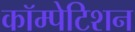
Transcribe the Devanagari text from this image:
कॉम्पेटिशन